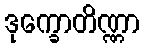
ဒုက္ခောတိဏ္ဏာ